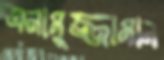
এনামুজ্জামান